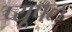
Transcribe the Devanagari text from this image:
प्यूपल